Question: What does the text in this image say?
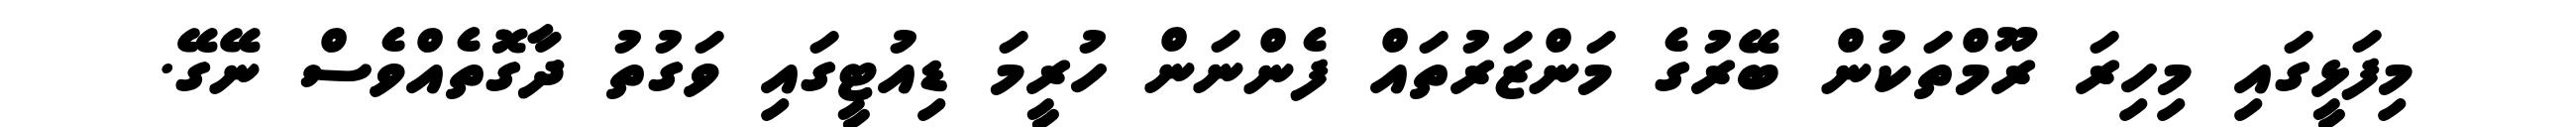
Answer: މިފަޅީގައި މިހިރަ ރޫމްތަކުން ބޭރުގެ މަންޒަރުތައް ފެންނަން ހުރީމަ ޑިއުޓީގައި ވަގުތު ދާގޮތެއްވެސް ނޭގޭ.